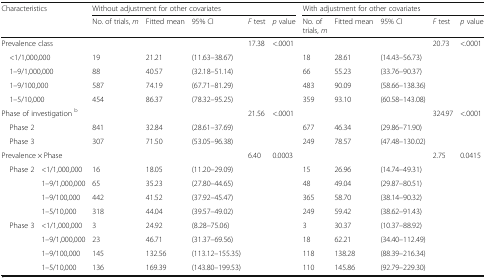
<table><thead><tr><td rowspan="2" colspan="2"><b>Characteristics</b></td><td colspan="5"><b>Without adjustment for other covariates</b></td><td colspan="5"><b>With adjustment for other covariates</b></td></tr><tr><td><b>No. of trials, <i>m</i></b></td><td><b>Fitted mean</b></td><td><b>95% CI</b></td><td><b><i>F</i> test</b></td><td><b><i>p</i> value</b></td><td><b>No. of trials, <i>m</i></b></td><td><b>Fitted mean</b></td><td><b>95% CI</b></td><td><b><i>F</i> test</b></td><td><b><i>p</i> value</b></td></tr></thead><tbody><tr><td colspan="2">Prevalence class</td><td></td><td></td><td></td><td>17.38</td><td>&lt;.0001</td><td></td><td></td><td></td><td>20.73</td><td>&lt;.0001</td></tr><tr><td colspan="2"> &lt;1/1,000,000</td><td>19</td><td>21.21</td><td>(11.63–38.67)</td><td></td><td></td><td>18</td><td>28.61</td><td>(14.43–56.73)</td><td></td><td></td></tr><tr><td colspan="2"> 1–9/1,000,000</td><td>88</td><td>40.57</td><td>(32.18–51.14)</td><td></td><td></td><td>66</td><td>55.23</td><td>(33.76–90.37)</td><td></td><td></td></tr><tr><td colspan="2"> 1–9/100,000</td><td>587</td><td>74.19</td><td>(67.71–81.29)</td><td></td><td></td><td>483</td><td>90.09</td><td>(58.66–138.36)</td><td></td><td></td></tr><tr><td colspan="2"> 1–5/10,000</td><td>454</td><td>86.37</td><td>(78.32–95.25)</td><td></td><td></td><td>359</td><td>93.10</td><td>(60.58–143.08)</td><td></td><td></td></tr><tr><td colspan="2">Phase of investigation <sup>b</sup></td><td></td><td></td><td></td><td>21.56</td><td>&lt;.0001</td><td></td><td></td><td></td><td>324.97</td><td>&lt;.0001</td></tr><tr><td colspan="2"> Phase 2</td><td>841</td><td>32.84</td><td>(28.61–37.69)</td><td></td><td></td><td>677</td><td>46.34</td><td>(29.86–71.90)</td><td></td><td></td></tr><tr><td colspan="2"> Phase 3</td><td>307</td><td>71.50</td><td>(53.05–96.38)</td><td></td><td></td><td>249</td><td>78.57</td><td>(47.48–130.02)</td><td></td><td></td></tr><tr><td colspan="2">Prevalence × Phase</td><td></td><td></td><td></td><td>6.40</td><td>0.0003</td><td></td><td></td><td></td><td>2.75</td><td>0.0415</td></tr><tr><td rowspan="4"> Phase 2</td><td>&lt;1/1,000,000</td><td>16</td><td>18.05</td><td>(11.20–29.09)</td><td></td><td></td><td>15</td><td>26.96</td><td>(14.74–49.31)</td><td></td><td></td></tr><tr><td>1–9/1,000,000</td><td>65</td><td>35.23</td><td>(27.80–44.65)</td><td></td><td></td><td>48</td><td>49.04</td><td>(29.87–80.51)</td><td></td><td></td></tr><tr><td>1–9/100,000</td><td>442</td><td>41.52</td><td>(37.92–45.47)</td><td></td><td></td><td>365</td><td>58.70</td><td>(38.14–90.32)</td><td></td><td></td></tr><tr><td>1–5/10,000</td><td>318</td><td>44.04</td><td>(39.57–49.02)</td><td></td><td></td><td>249</td><td>59.42</td><td>(38.62–91.43)</td><td></td><td></td></tr><tr><td rowspan="4"> Phase 3</td><td>&lt;1/1,000,000</td><td>3</td><td>24.92</td><td>(8.28–75.06)</td><td></td><td></td><td>3</td><td>30.37</td><td>(10.37–88.92)</td><td></td><td></td></tr><tr><td>1–9/1,000,000</td><td>23</td><td>46.71</td><td>(31.37–69.56)</td><td></td><td></td><td>18</td><td>62.21</td><td>(34.40–112.49)</td><td></td><td></td></tr><tr><td>1–9/100,000</td><td>145</td><td>132.56</td><td>(113.12–155.35)</td><td></td><td></td><td>118</td><td>138.28</td><td>(88.39–216.34)</td><td></td><td></td></tr><tr><td>1–5/10,000</td><td>136</td><td>169.39</td><td>(143.80–199.53)</td><td></td><td></td><td>110</td><td>145.86</td><td>(92.79–229.30)</td><td></td><td></td></tr></tbody></table>